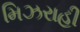
મિઝરાહી